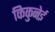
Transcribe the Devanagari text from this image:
किकुनेई